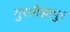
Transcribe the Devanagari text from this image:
मुरतीझापुर